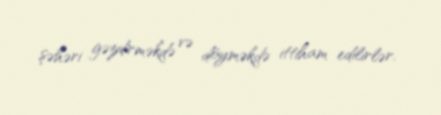
şəhəri gəzdirməkdə və döyməkdə ittiham edilirlər.